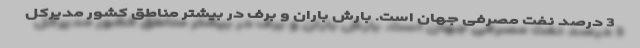
3 درصد نفت مصرفی جهان است. بارش باران و برف در بیشتر مناطق کشور مدیرکل